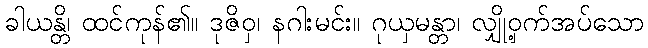
ခါယန္တိ၊ ထင်ကုန်၏။ ဒုဇိဝှ၊ နဂါးမင်း။ ဂုယှမန္တာ၊ လျှို့ဝှက်အပ်သော